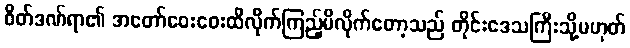
စိတ်ဒဏ်ရာ၏ အတော်ဝေးဝေးထိလိုက်ကြည့်မိလိုက်တော့သည် တိုင်းဒေသကြီးသို့မဟုတ်